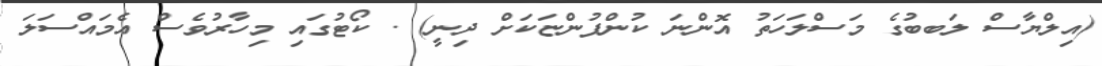
(އިލްޔާސް ލަބބުގެ މަސްލަހަތު އޮންނަ ކުންފުންޏަކަށް ދިނީ) . ކޯޓުގައި މިހާރުވެސް އެމައްސަލަ